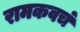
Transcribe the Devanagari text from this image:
रामकवचं